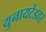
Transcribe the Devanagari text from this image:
युनायटेडवर